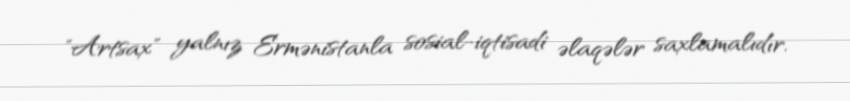
"Artsax" yalnız Ermənistanla sosial-iqtisadi əlaqələr saxlamalıdır.